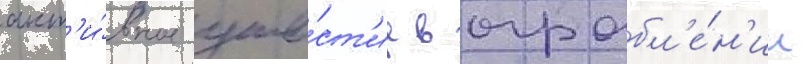
акт'и́вное уча́ст'ие в ограбл'е́н'ии